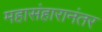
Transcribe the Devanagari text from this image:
महासंहारानंतर